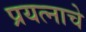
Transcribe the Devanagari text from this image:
प्रयत्नाचे